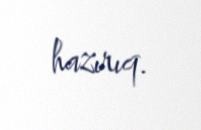
hazırıq.